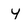
Character: y